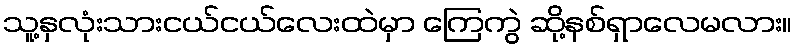
သူ့နှလုံးသားငယ်ငယ်လေးထဲမှာ ကြေကွဲ ဆို့နစ်ရှာလေမလား။